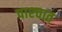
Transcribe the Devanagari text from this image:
पाश्‍चात